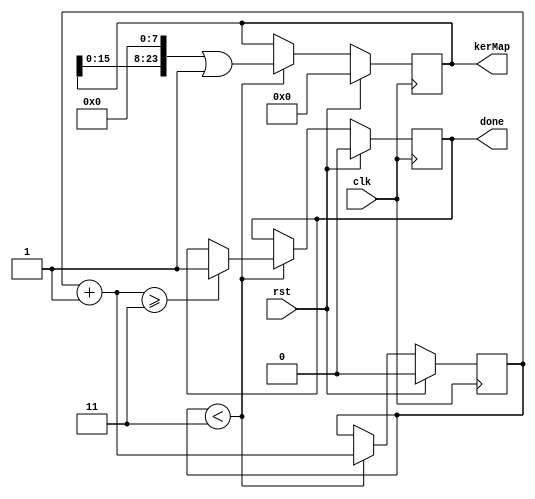
`timescale 1ns / 1ps
//////////////////////////////////////////////////////////////////////////////////
// Company: 
// Engineer: 
// 
// Design Name: 
// Module Name: getKernelParam
// Project Name: 
// Target Devices: 
// Tool Versions: 
// Description: 
// 
// Dependencies: 
// 
// Revision:
// Revision 0.01 - File Created
// Additional Comments:
// 
//////////////////////////////////////////////////////////////////////////////////


module getKernelParam(clk,rst,kerMap,done);

parameter width = 8;
parameter size = 3;
input clk;
input rst;
output reg [width*size-1:0]kerMap;
output reg done;
reg i;

always @(posedge clk)begin
    if(rst)begin
        kerMap = 0;
        i = 0;
        done = 0;
    end else begin
        if(i<size)begin
        `ifndef FPU
            kerMap = (kerMap<<width)|'h1;
        `else
            kerMap = (kerMap<<width)|'h3f800000;
        `endif
            i=i+1;
            if(i>=size)done=1;
        end
    end
end

endmodule